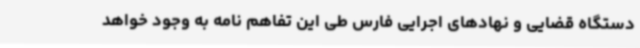
دستگاه قضایی و نهادهای اجرایی فارس طی این تفاهم نامه به وجود خواهد